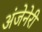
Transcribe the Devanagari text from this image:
अंजेनेरी